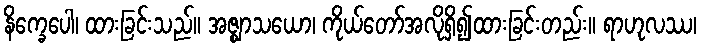
နိက္ခေပေါ၊ ထားခြင်းသည်။ အဇ္ဈာသယော၊ ကိုယ်တော်အလိုရှိ၍ထားခြင်းတည်း။ ရာဟုလဿ၊